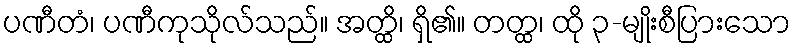
ပဏီတံ၊ ပဏီကုသိုလ်သည်။ အတ္ထိ၊ ရှိ၏။ တတ္ထ၊ ထို ၃-မျိုးစီပြားသော